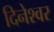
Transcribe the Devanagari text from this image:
दिनेश्वर